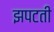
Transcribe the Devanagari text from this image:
झपटती